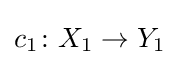
c_{1}\colon X_{1}\rightarrow Y_{1}